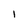
Character: I